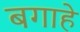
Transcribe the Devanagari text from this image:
बगाहे